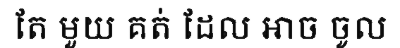
តែ មួយ គត់ ដែល អាច ចូល